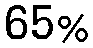
65%